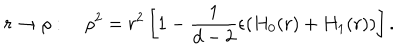
r \rightarrow \rho : \quad \rho ^ { 2 } = r ^ { 2 } \left[ 1 - \frac { 1 } { d - 2 } \epsilon ( H _ { 0 } ( r ) + H _ { 1 } ( r ) ) \right] .